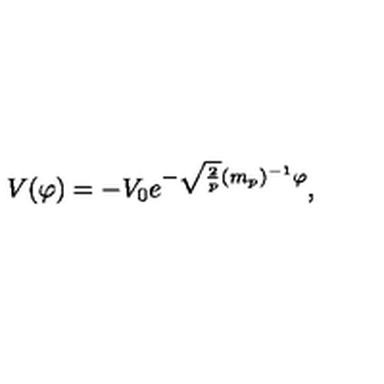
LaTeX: V ( \varphi ) = - V _ { 0 } e ^ { - \sqrt { \frac { 2 } { p } } ( m _ { p } ) ^ { - 1 } \varphi } ,